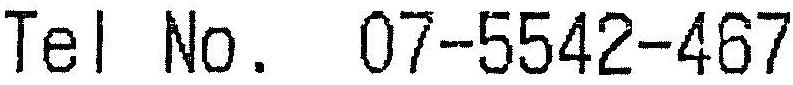
TEL NO. 07-5542-467